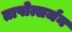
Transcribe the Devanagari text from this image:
तापोत्सर्जन